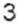
3